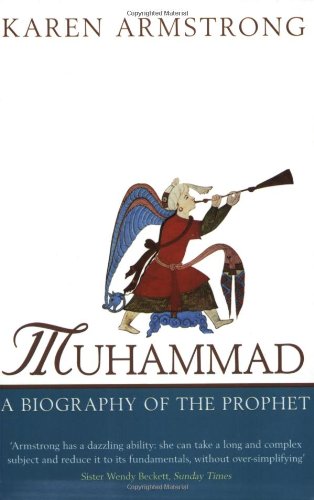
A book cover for Muhammad: A Biography of the Prophet; Karen Armstrong; Religion & Spirituality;